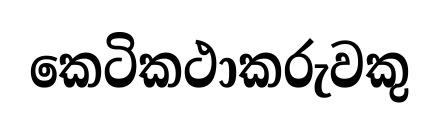
කෙටිකථාකරුවකු